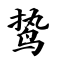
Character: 鸷